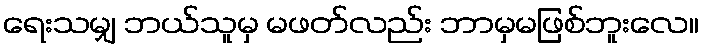
ရေးသမျှ ဘယ်သူမှ မဖတ်လည်း ဘာမှမဖြစ်ဘူးလေ။